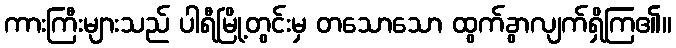
ကားကြီးများသည် ပါရီမြို့တွင်းမှ တသောသော ထွက်ခွာလျက်ရှိကြ၏။